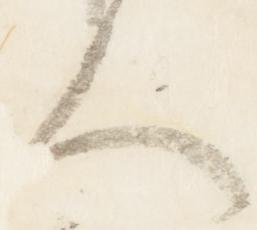
人